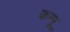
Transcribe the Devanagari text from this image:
कम्पू